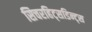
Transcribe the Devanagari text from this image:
सिचरहिट्सडिन्ट्स